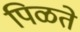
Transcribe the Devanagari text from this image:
पिळते